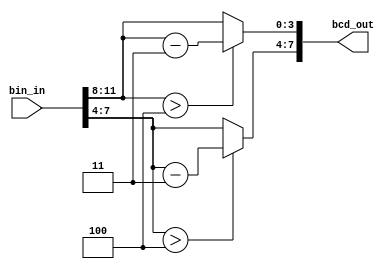
module Modulo1_01(
  input [11:0] bin_in,
  output [7:0] bcd_out
);

  reg [7:0] bcd_temp;
  reg [3:0] bin_temp;

  always @* begin
    bin_temp = bin_in[11:8];
    if (bin_temp > 4) bcd_temp[3:0] = bin_temp - 3;
    else bcd_temp[3:0] = bin_temp;
    
    bin_temp = bin_in[7:4];
    if (bin_temp > 4) bcd_temp[7:4] = bin_temp - 3;
    else bcd_temp[7:4] = bin_temp;
  end
  
  assign bcd_out = bcd_temp;
  
endmodule